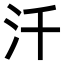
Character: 汘